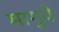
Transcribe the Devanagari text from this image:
मागुये